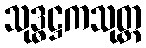
သုဒ္ဓဋ္ဌကသုတ္တ